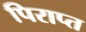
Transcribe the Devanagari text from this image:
पिराप्त